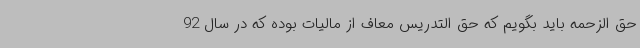
حق الزحمه باید بگویم که حق التدریس معاف از مالیات بوده که در سال 92